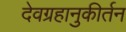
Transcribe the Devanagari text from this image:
देवग्रहानुकीर्तन